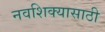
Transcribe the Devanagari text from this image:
नवशिक्यासाठी